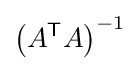
\left(A^{\mathsf {T}}A\right)^{-1}